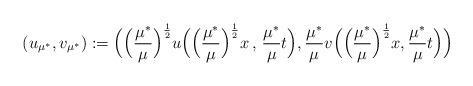
LaTeX: \begin{align*}(u_{\mu^*},v_{\mu^*}):=\Big(\Big(\frac{\mu^*}{\mu}\Big)^{\frac 12}u\Big(\Big(\frac{\mu^*}{\mu}\Big)^{\frac 12}x\,,\,\frac{\mu^*}{\mu} t\Big),\frac{\mu^*}{\mu}v\Big(\Big(\frac{\mu^*}{\mu}\Big)^{\frac 12}x,\frac{\mu^*}{\mu} t\Big)\Big)\end{align*}